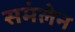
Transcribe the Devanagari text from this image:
समंलेन